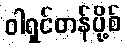
ဝါရှင်တန်ပို့စ်